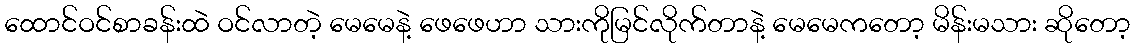
ထောင်ဝင်စာခန်းထဲ ဝင်လာတဲ့ မေမေနဲ့ ဖေဖေဟာ သားကိုမြင်လိုက်တာနဲ့ မေမေကတော့ မိန်းမသား ဆိုတော့